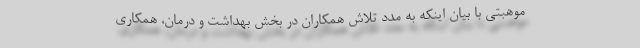
موهبتی با بیان اینکه به مدد تلاش همکاران در بخش بهداشت و درمان، همکاری